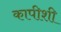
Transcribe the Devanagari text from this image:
कापीशी